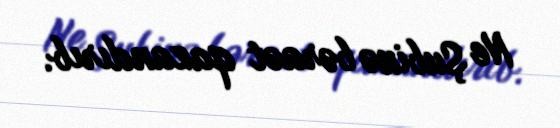
Ne Şubinə bəraət qazandırıb.